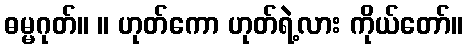
ဓမ္မဂုတ်။ ။ ဟုတ်ကော ဟုတ်ရဲ့လား ကိုယ်တော်။